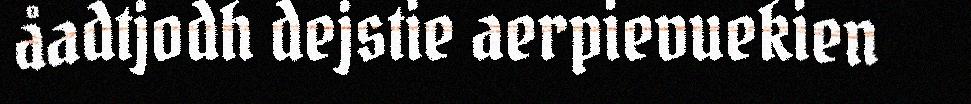
åadtjodh dejstie aerpievuekien